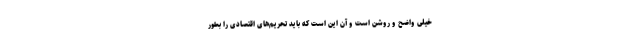
خیلی واضح و روشن است و آن این است که باید تحریم‌های اقتصادی را بطور